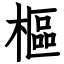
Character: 樞